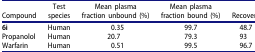
<table><thead><tr><td><b>Compound</b></td><td><b>Test species</b></td><td><b>Mean plasma fraction unbound (%)</b></td><td><b>Mean plasma fraction bound (%)</b></td><td><b>Recovery</b></td></tr></thead><tbody><tr><td><b>6i</b></td><td>Human</td><td>0.35</td><td>99.7</td><td>48.7</td></tr><tr><td>Propanolol</td><td>Human</td><td>20.7</td><td>79.3</td><td>93</td></tr><tr><td>Warfarin</td><td>Human</td><td>0.51</td><td>99.5</td><td>96.7</td></tr></tbody></table>